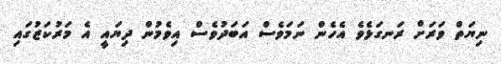
ނިޔަތް ވަރަށް ރަނގަޅެވެ އެހެން ނަމަވެސް އަބަދުވެސް އިވެމުން ދިޔައީ އެ މަރުކަޒުގައި